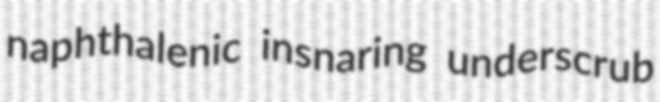
naphthalenic insnaring underscrub